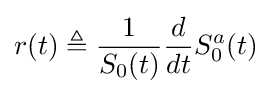
r(t)\triangleq {\frac {1}{S_{0}(t)}}{\frac {d}{dt}}S_{0}^{a}(t)